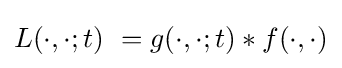
L(\cdot ,\cdot ;t)\ =g(\cdot ,\cdot ;t)*f(\cdot ,\cdot )